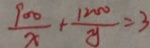
\frac { 9 0 0 } { x } + \frac { 1 2 0 0 } { x } = 3